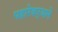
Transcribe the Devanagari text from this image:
पहारेकर्‍याने